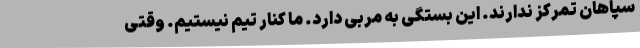
سپاهان تمرکز ندارند. این بستگی به مربی دارد. ما کنار تیم نیستیم. وقتی